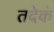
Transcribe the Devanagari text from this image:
तदेकं